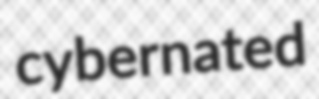
cybernated